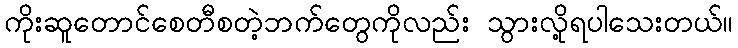
ကိုးဆူတောင်စေတီစတဲ့ဘက်တွေကိုလည်း သွားလို့ရပါသေးတယ်။